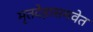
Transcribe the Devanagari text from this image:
मृतदेहासमवेत